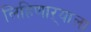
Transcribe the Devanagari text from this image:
लिहिणाऱ्याला